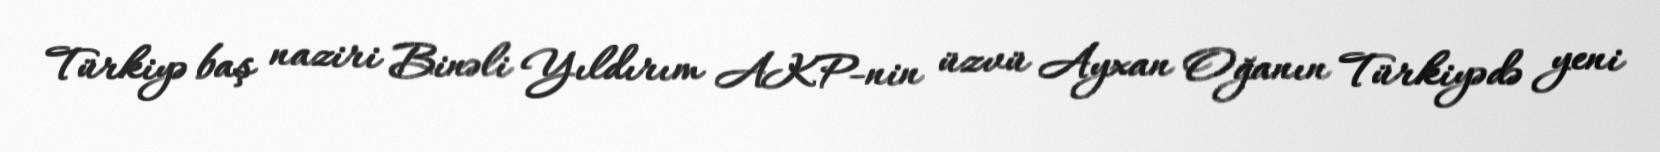
Türkiyə baş naziri Binəli Yıldırım AKP-nin üzvü Ayxan Oğanın Türkiyədə yeni